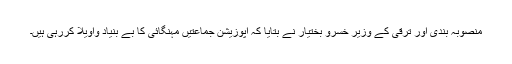
منصوبہ بندی اور ترقی کے وزیر خسرو بختیار نے بتایا کہ اپوزیشن جماعتیں مہنگائی کا بے بنیاد واویلا کررہی ہیں۔